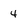
Character: 4